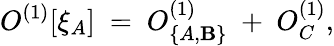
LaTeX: O^{(1)}[\xi_{A}]\ =\ O_{\{ A,\mathbf{B}\} }^{(1)}\ +\ O_{C}^{(1)},